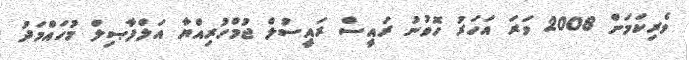
ވެރިކަމަށް 2008 ވަރަ އަހަރު ހޮވުނު ރައީސް ރައީސުލް ޖުމްހުރިއްޔާ އަލްފާޞިލް މުހައްމަދު